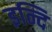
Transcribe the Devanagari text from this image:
इन्दि